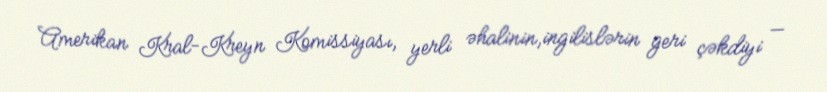
Amerikan Kral-Kreyn Komissiyası, yerli əhalinin,ingilislərin geri çəkdiyi —